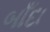
બાઁદા